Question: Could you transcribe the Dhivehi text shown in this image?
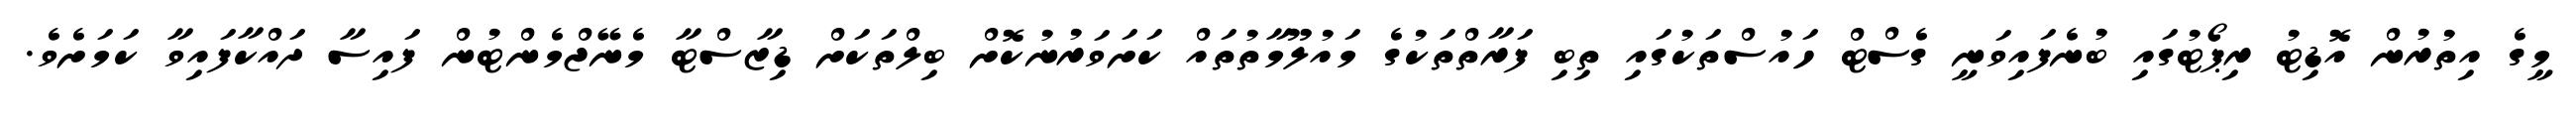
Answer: މީގެ އިތުރުން އޮޑިޓު ރިޕޯޓުގައި ބުނެފައިވަނީ ގެސްޓް ހައުސްތަކުގައި ތިބި ފަރާތްތަކުގެ މައުލޫމާތުތައް ކަށަވަރުނުކޮށް ބިލްތަކަށް ޑިޒާސްޓާ މެނޭޖްމެންޓުން ފައިސާ ދައްކާފައިވާ ކަމަށެވެ.